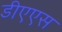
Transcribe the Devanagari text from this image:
डीएएस